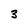
Character: 3